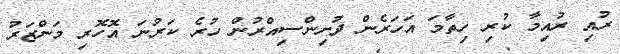
ރުއި ރުއިމާ ކުރި ހިތާމަ އަހަރެން ދުށިންސިއްރުން ހުރެ ކަރުނަ އޮހޮރި މަންޒަރު